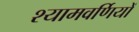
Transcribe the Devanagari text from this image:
श्यामवर्णियों